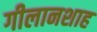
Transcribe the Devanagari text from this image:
गीलानशाह